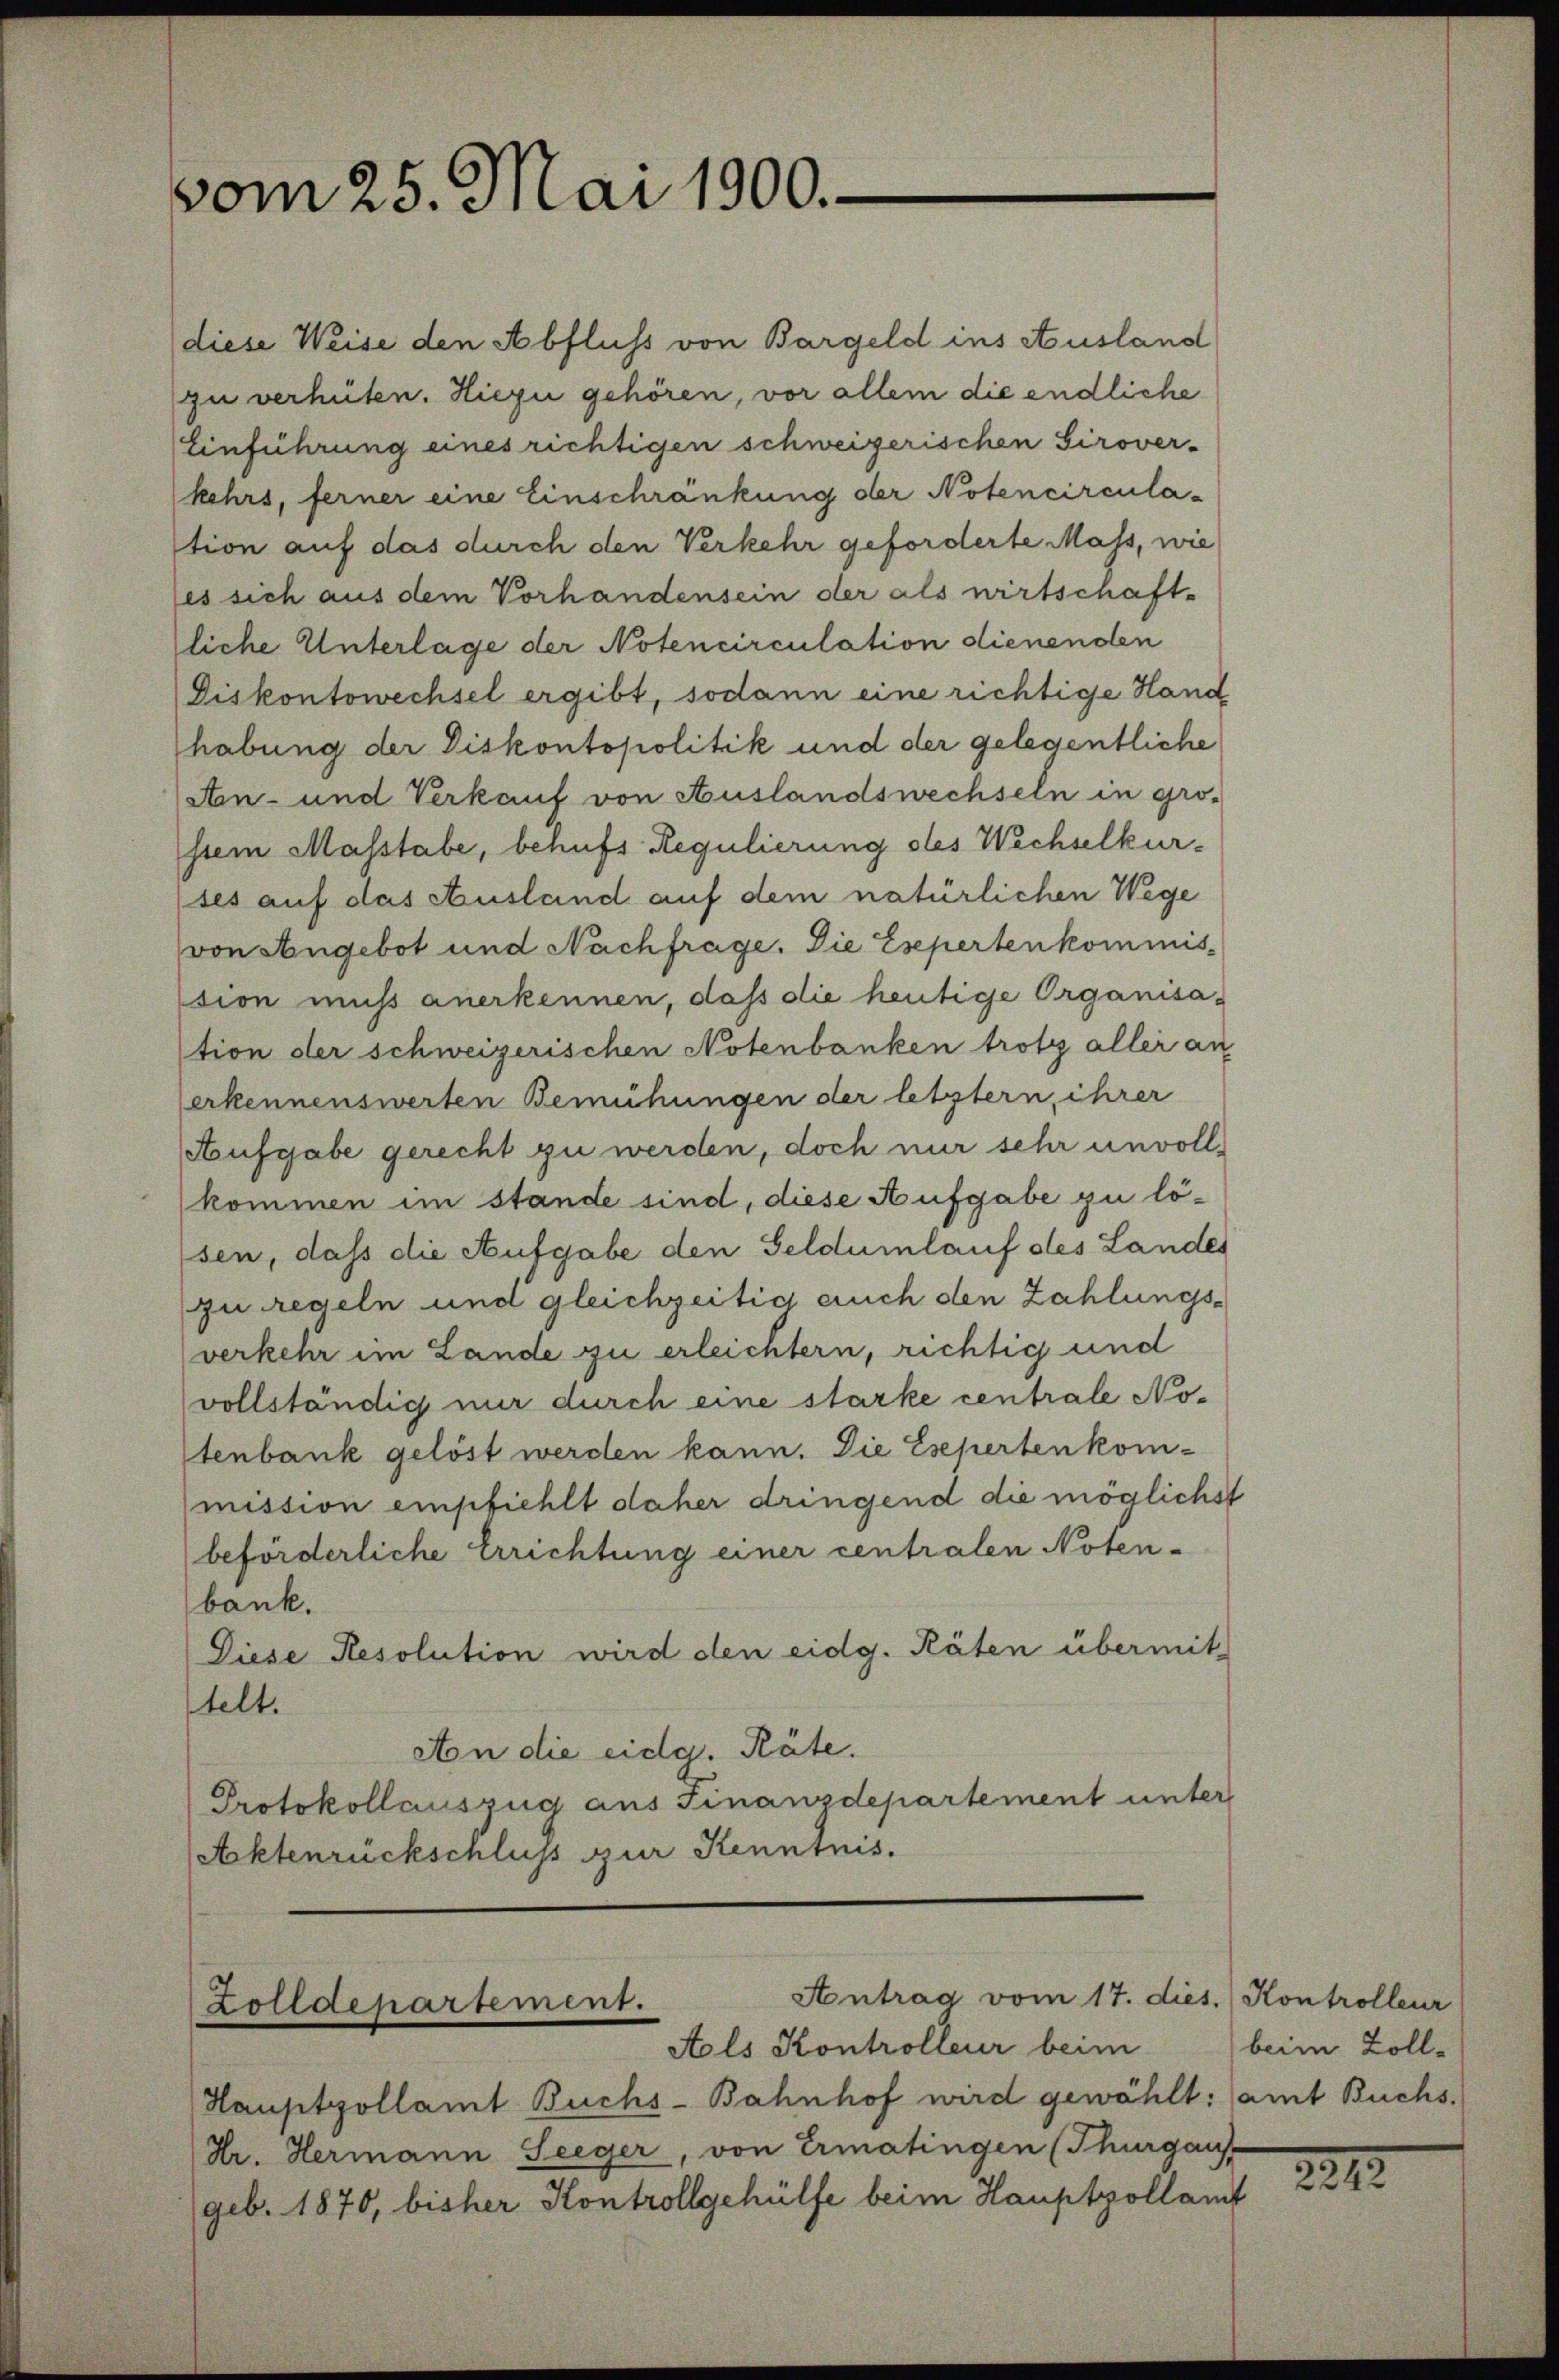
vom 25. Mai 1900.

diese Weise den Abfluss von Bargeld ins Ausland
zu verhüten. Hiegii gehören, vor allem die endliche
Einführung eines richtigen schweizerischen Sirover-
kehrs, ferner eine Einschränkung der Notencirculation auf das durch den Verkehr geforderte Mass, wie
(es sich aus dem Vorhandensein der als wirtschaft-
liche Unterlage der Notencirculation dienenden
Diskontowechsel ergibt, sodann eine richtige Hand
habung der Diskontopolitik und der gelegentliche
Aen- und Verkauf von Auslandswechseln in gro-
sem Masstabe, behufs Regulierung des Wechselkurses auf das Ausland auf dem natürlichen Wege
von Angebot und Nachfrage. Die Eseperten kommission muß anerkennen, daß die heutige Organisa-
tion der schweizerischen Notenbanken trotz aller an
erkennenswerten Bemühungen der letztern, ihrer
Aufgabe gerecht zu werden, doch nur sehr unvollkommen im stande sind, diese Aufgabe zu lösen, dass die Aufgabe den Geldumlauf des Landes
zuregeln und gleichzeitig auch den Zahlungsverkehr im Lande zu erleichtern, richtig und
vollständig nur durch eine starke centrale Notenbank gelöst werden kann. Die Esepertenkommission empfiehlt daher dringend die möglichst
beförderliche Errichtung einer centralen Noten-
bank.
Diese Resolution wird den eidg. Räten übermit-
telt.
An die eidg. Räte.
Protokollauszug aus Finanzdepartement unter
Aktenrückschluss zur Kenntnis.

Antrag vom 17. dies. Kontrolleur
Zolldepartement.
Aols Kontrolleur beim

Hauptzollamt Buchs-Bahnhof wird gewählt: (amt Buchs.
Hr. Hermann Seeger, von Ermatingen (Thurgaus
(geb. 1870, bisher Kontrollgehülfe beim Hauptzollamt

beim Zoll-

2212.